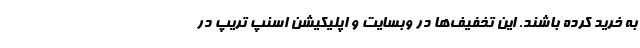
به خرید کرده باشند. این تخفیف‌ها در وبسایت و اپلیکیشن اسنپ تریپ در